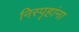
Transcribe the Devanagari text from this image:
निस्पृहांना